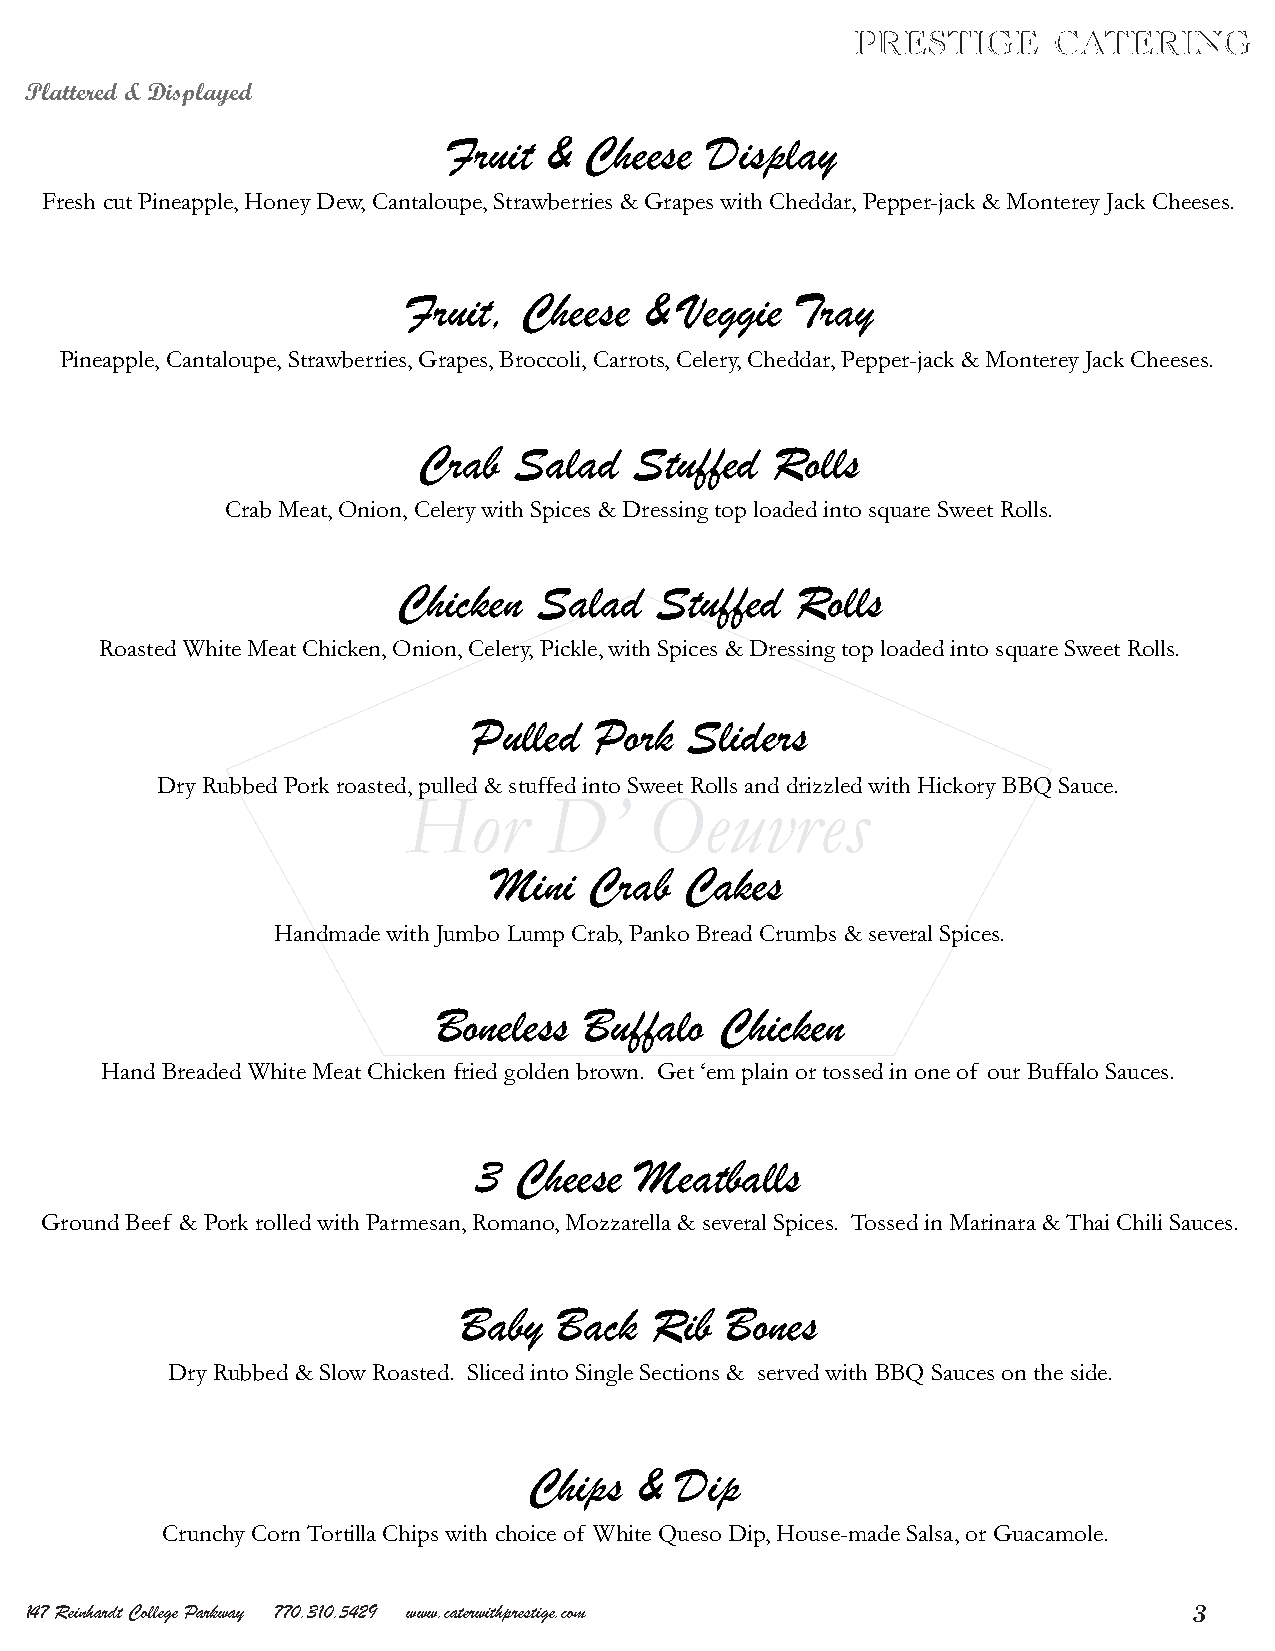
Plattered & Displayed
 Fruit &  Cheese  Display
 Fresh cut Pineapple, Honey Dew, Cantaloupe, Strawberries & Grapes with Cheddar, Pepper-jack & Monterey Jack Cheeses.
 Fruit,  Cheese  & Veggie  Tray
 Pineapple, Cantaloupe, Strawberries, Grapes, Broccoli, Carrots, Celery, Cheddar, Pepper-jack & Monterey Jack Cheeses.
 Crab  Salad   Stuffed  Rolls
 Crab Meat, Onion, Celery with Spices & Dressing top loaded into square Sweet Rolls.
 Chicken   Salad  Stuffed   Rolls
 Roasted White Meat Chicken, Onion, Celery, Pickle, with Spices & Dressing top loaded into square Sweet Rolls.
 Pulled  Pork  Sliders
 Dry Rubbed Pork roasted, pulled & stuffed into Sweet Rolls and drizzled with Hickory BBQ Sauce.
 HHoorr   DD’’   OOeeuuvvrreess
 Mini  Crab  Cakes
 Handmade with Jumbo Lump Crab, Panko Bread Crumbs & several Spices.
 Boneless  Buffalo  Chicken
 Hand Breaded White Meat Chicken fried golden brown. Get ‘em plain or tossed in one of our Buffalo Sauces.
 3  Cheese  Meatballs
 Ground Beef & Pork rolled with Parmesan, Romano, Mozzarella & several Spices. Tossed in Marinara & Thai Chili Sauces.
 Baby   Back  Rib  Bones
 Dry Rubbed & Slow Roasted. Sliced into Single Sections & served with BBQ Sauces on the side.
 Chips  &  Dip
 Crunchy Corn Tortilla Chips with choice of White Queso Dip, House-made Salsa, or Guacamole.
 147 Reinhardt College Parkway 770.310.5429 www.caterwithprestige.com         3